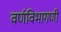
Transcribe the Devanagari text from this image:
वर्णविभागणी